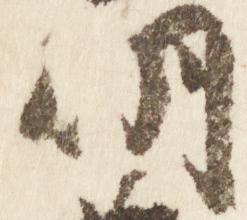
明